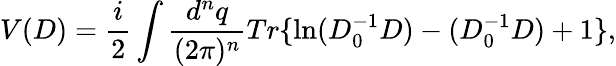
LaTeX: V(D)={\frac{i}{2}}\int{\frac{d^{n}q}{(2\pi)^{n}}}Tr\{ \ln(D_{0}^{-1}D)-(D_{0}^{-1}D)+1\} ,